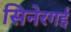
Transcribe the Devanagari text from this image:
सिनेरगई